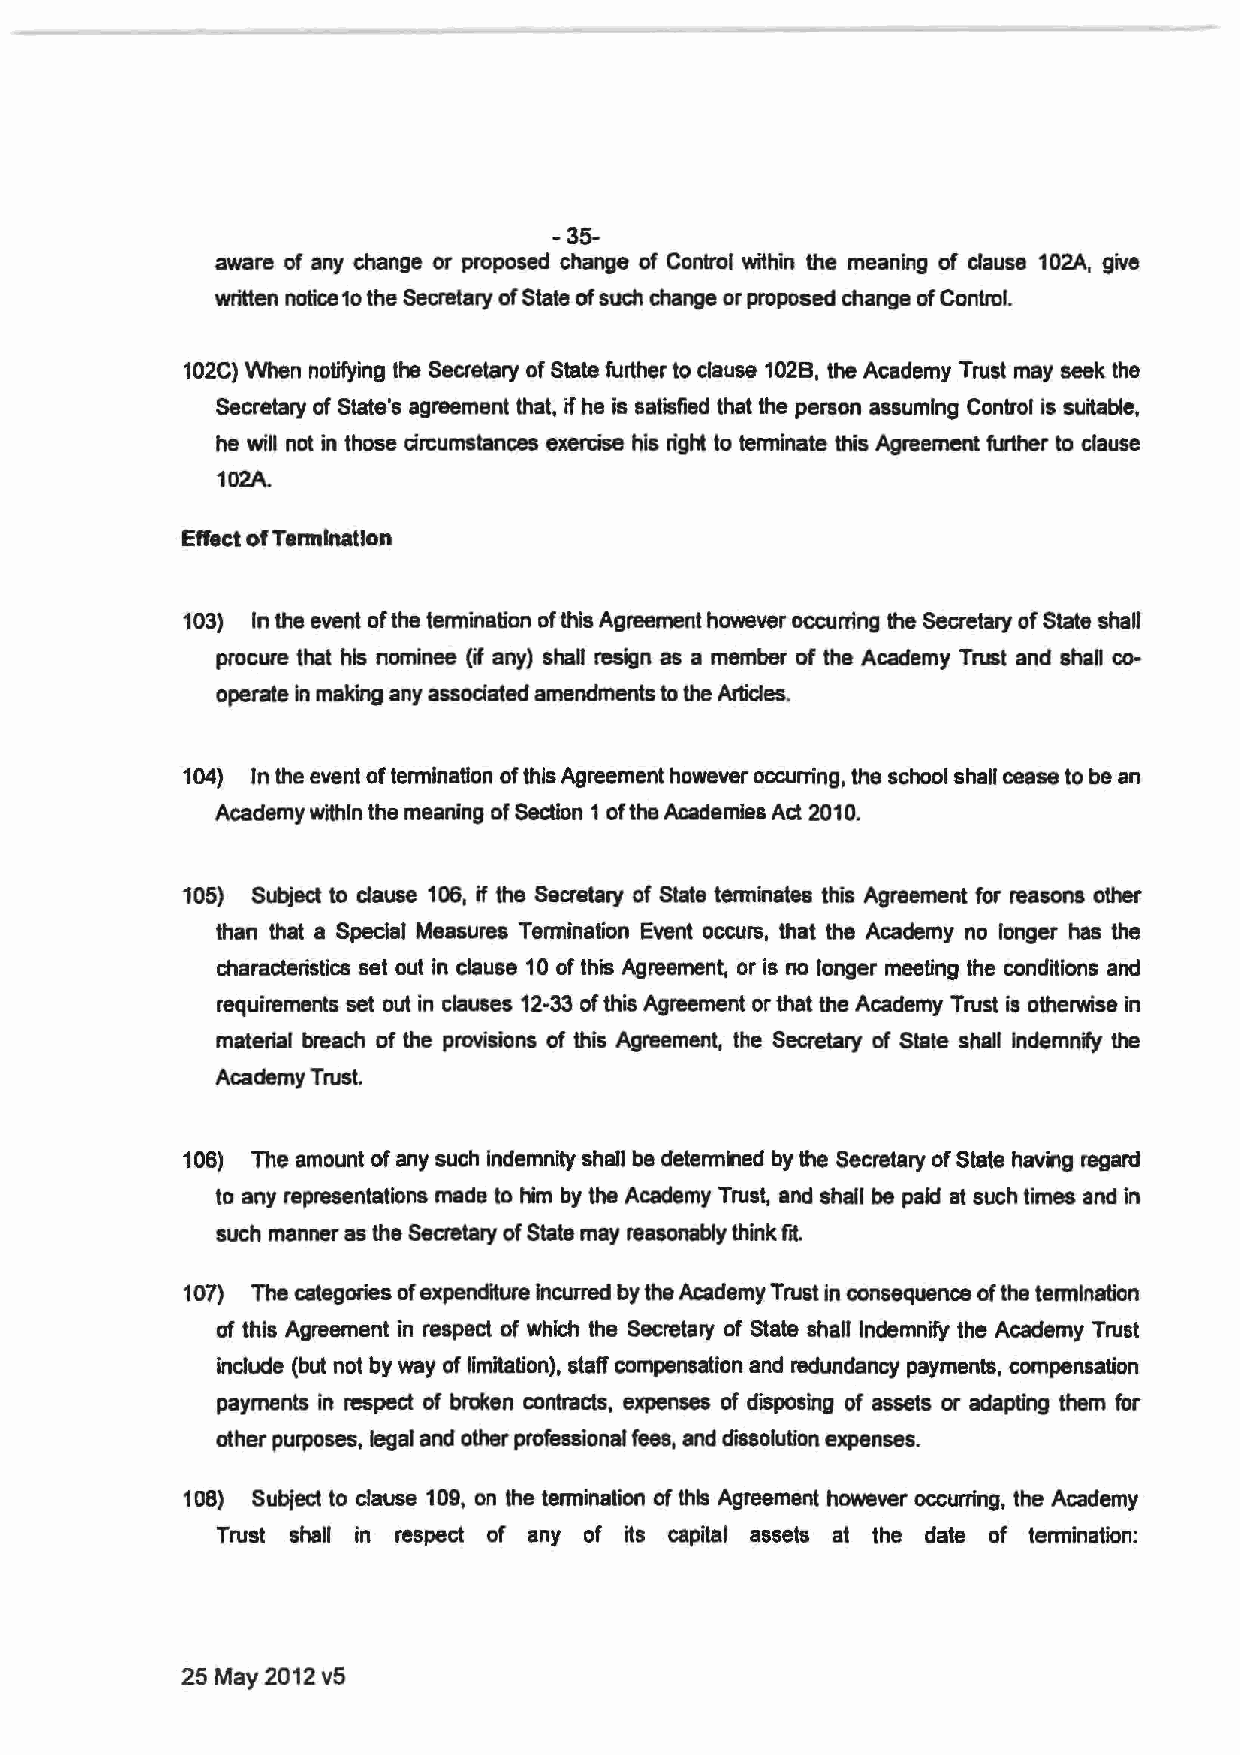
-35-
 aware of any change or proposed change of Control within the meaning of clause 10 2A, give
 written notice 1o the Secretary of State of such change or proposed change of Control.
 10 2C) When notifying the Secretary of State further to clause 10 28, the Academy Trust may seek the
 Secretary of State's agreement that, if he is satisfied that the person assuming Control is suitable,
 he will not in those circumstances exercise his right to terminate this Agreement further to clause
 102A.
 Effect of Tennlnatlon
 103) In the event of the termination of this Agreement however occurring the Secretary of State shall
 procure that his nominee (if any) shall resign as a member of the Academy Trust and shan co
 operate in making any associated amendments to the Articles.
 104) rn the event of termination of this Agreement however occurring, the school shall cease to be an
 Academy within the meaning of Section 1 of the Academies Act 2010.
 105) Subject to clause 106, if the Secretary of State tenninates this Agreement for reasons other
 than that a Special Measures Termination Event occurs, that the Academy no longer has the
 characteristics set out in clause 10 of this Agreement, or is no longer meeting the conditions and
 requirements set out in clauses 12-33 of this Agreement or that the Academy Trust is otherwise in
 material breach of the provisions of this Agreement, the Secretary of State shall indemnfy the
 Academy Trust.
 10 6) The amount of any such Indemnity shalf be determined by the Secretary of State having regard
 to any representations made to him by the Academy Trust, and shall be paid at such times and in
 such manner as the Secretary of State may reasonably think frt.
 10 7) The categories of expenditure incurred by the Academy Trust in consequence of the termination
 of this Agreement in respect of which the Secretary of State shall Indemnify the Academy Trust
 include (but not by way of limitation), staff compensation and redundancy payments, compensation
 payments in respect of broken contracts, expenses of disposing of assets or adapting them for
 other purposes, legal and other professional fees, and aiSsolution expenses.
 10 8) Subject to clause 10 9, on the tennination of this Agreement however occurring, the Academy
 Trust shall in respect of any of its capital assets at the date of termination:
 25 May 2012 v5